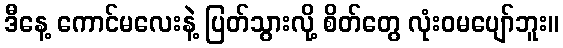
ဒီနေ့ ကောင်မလေးနဲ့ ပြတ်သွားလို့ စိတ်တွေ လုံးဝမပျော်ဘူး။